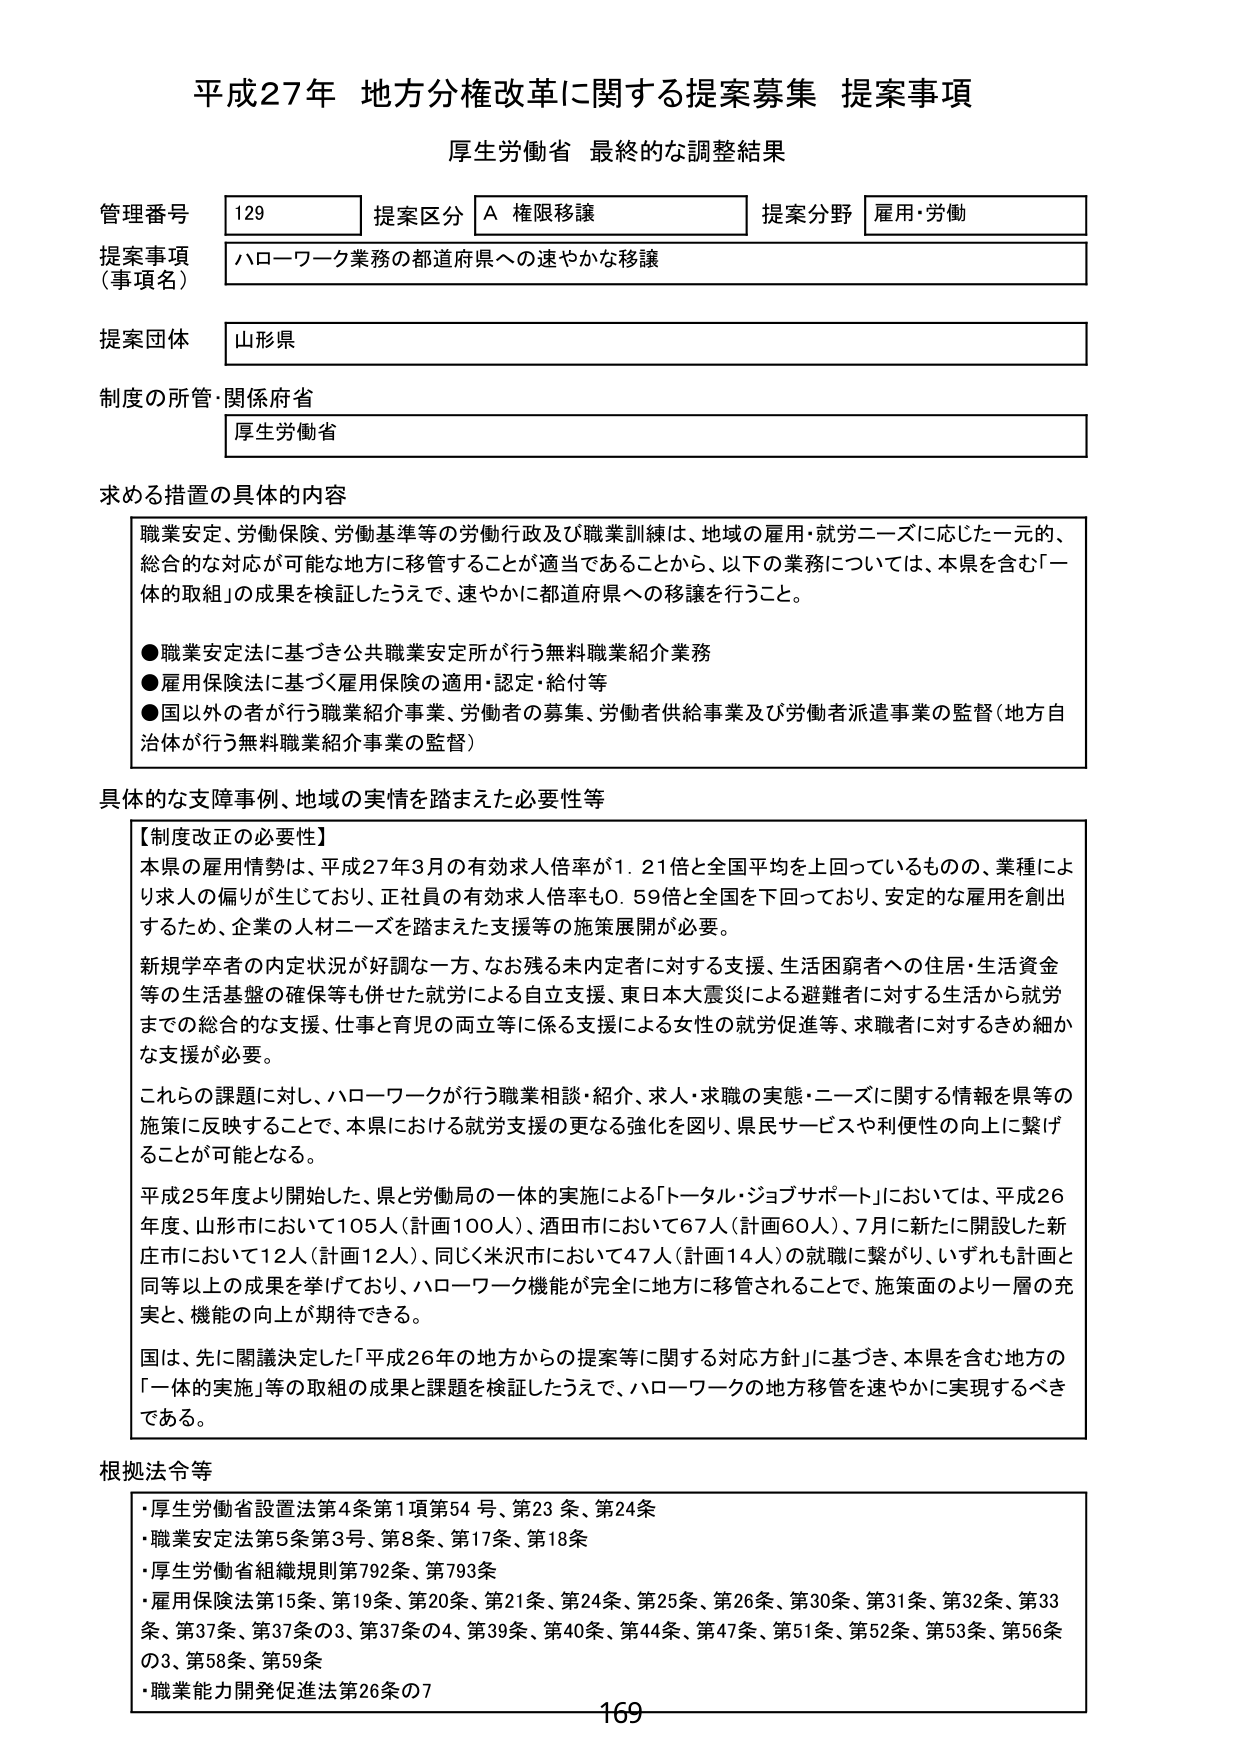
平成27年 地方分権改革に関する提案募集 提案事項
厚生労働省 最終的な調整結果

管理番号 129 提案区分 A 権限移譲 提案分野 雇用・労働
提案事項（事項名） ハローワーク業務の都道府県への速やかな移譲
提案団体 山形県
制度の所管・関係府省 厚生労働省

求める措置の具体的内容
職業安定、労働保険、労働基準等の労働行政及び職業訓練は、地域の雇用・就労ニーズに応じた一元的、総合的な対応が可能な地方に移管することが適当であることから、以下の業務については、本県を含む「一体的取組」の成果を検証したうえで、速やかに都道府県への移譲を行うこと。
●職業安定法に基づき公共職業安定所が行う無料職業紹介業務
●雇用保険法に基づく雇用保険の適用・認定・給付等
●国以外の者が行う職業紹介事業、労働者の募集、労働者供給事業及び労働者派遣事業の監督（地方自治体が行う無料職業紹介事業の監督）

具体的な支障事例、地域の実情を踏まえた必要性等
【制度改正の必要性】
本県の雇用情勢は、平成27年3月の有効求人倍率が1.21倍と全国平均を上回っているものの、業種により求人の偏りが生じており、正社員の有効求人倍率も0.59倍と全国を下回っており、安定的な雇用を創出するため、企業の人材ニーズを踏まえた支援等の施策展開が必要。
新規学卒者の内定状況が好調な一方、なお残る未内定者に対する支援、生活困窮者への住居・生活資金等の生活基盤の確保等も併せた就労による自立支援、東日本大震災による避難者に対する生活から就労までの総合的な支援、仕事と育児の両立等に係る支援による女性の就労促進等、求職者に対するきめ細かな支援が必要。
これらの課題に対し、ハローワークが行う職業相談・紹介、求人・求職の実態・ニーズに関する情報を県等の施策に反映することで、本県における就労支援の更なる強化を図り、県民サービスや利便性の向上に繋げることが可能となる。
平成25年度より開始した、県と労働局の一体的実施による「トータル・ジョブサポート」においては、平成26年度、山形市において105人（計画100人）、酒田市において67人（計画60人）、7月に新たに開設した新庄市において12人（計画12人）、同じく米沢市において47人（計画14人）の就職に繋がり、いずれも計画と同等以上の成果を挙げており、ハローワーク機能が完全に地方に移管されることで、施策面のより一層の充実と、機能の向上が期待できる。
国は、先に関議決定した「平成26年の地方からの提案等に関する対応方針」に基づき、本県を含む地方の「一体的実施」等の取組の成果と課題を検証したうえで、ハローワークの地方移管を速やかに実現するべきである。

根拠法令等
・厚生労働省設置法第4条第1項第54号、第23条、第24条
・職業安定法第5条第3号、第8条、第17条、第18条
・厚生労働省組織規則第792条、第793条
・雇用保険法第15条、第19条、第20条、第21条、第24条、第25条、第26条、第30条、第31条、第32条、第33条、第37条、第37条の3、第37条の4、第39条、第40条、第44条、第47条、第51条、第52条、第53条、第56条の3、第58条、第59条
・職業能力開発促進法第26条の7

169